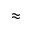
\approx